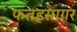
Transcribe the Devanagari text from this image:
फतहसागर